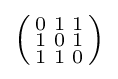
\left({\begin{smallmatrix}0&1&1\\1&0&1\\1&1&0\end{smallmatrix}}\right)